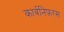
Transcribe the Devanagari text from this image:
कार्बनिफ़रस